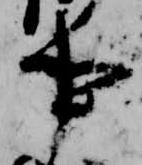
事